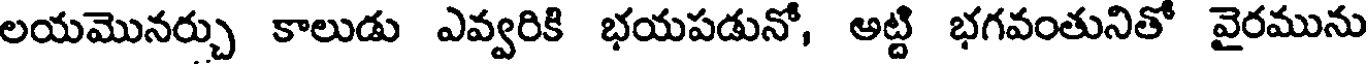
లయమొనర్చు కాలుడు ఎవ్వరికి భయపడునో, అట్టి భగవంతునితో వైరమును